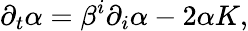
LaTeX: \partial_{t}\alpha=\beta^{i}\partial_{i}\alpha-2\alpha K,